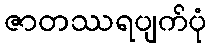
ဇာတဿရပျက်ပုံ